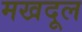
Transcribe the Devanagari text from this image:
मखदूल